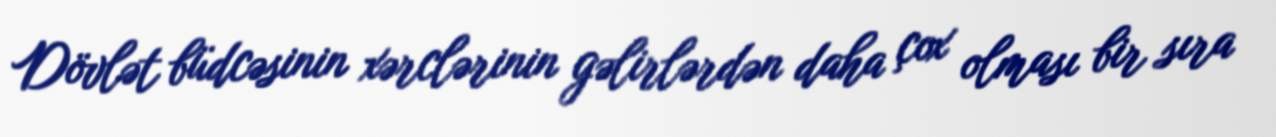
Dövlət büdcəsinin xərclərinin gəlirlərdən daha çox olması bir sıra